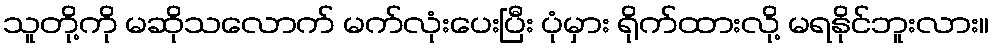
သူတို့ကို မဆိုသလောက် မက်လုံးပေးပြီး ပုံမှား ရိုက်ထားလို့ မရနိုင်ဘူးလား။